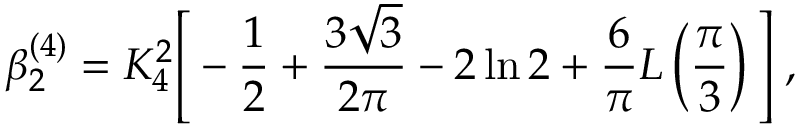
\beta _ { 2 } ^ { ( 4 ) } = K _ { 4 } ^ { 2 } \Bigg [ - \frac { 1 } { 2 } + \frac { 3 \sqrt { 3 } } { 2 \pi } - 2 \ln 2 + \frac { 6 } { \pi } L \left( \frac { \pi } { 3 } \right) \Bigg ] \; ,